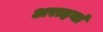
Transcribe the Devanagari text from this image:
अराइयां